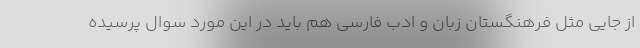
از جایی مثل فرهنگستان زبان و ادب فارسی هم باید در این مورد سوال پرسیده